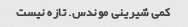
کمی شیرینی موندس. تازه نیست